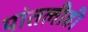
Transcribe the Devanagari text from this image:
यांतलीही